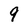
Character: 9